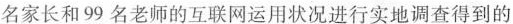
名学生及1544名家长和99名老师的互联网运用状况进行实地调查得到的